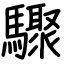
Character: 驟